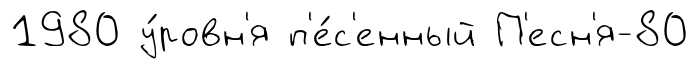
1980 у́ровн'я п'е́с'енный П'есн'я-80